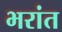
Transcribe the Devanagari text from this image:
भरांत